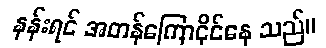
နန်းရင် အတန်ကြောငိုင်နေ သည်။